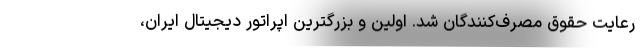
رعایت حقوق مصرف‌کنندگان شد. اولین و بزرگترین اپراتور دیجیتال ایران،